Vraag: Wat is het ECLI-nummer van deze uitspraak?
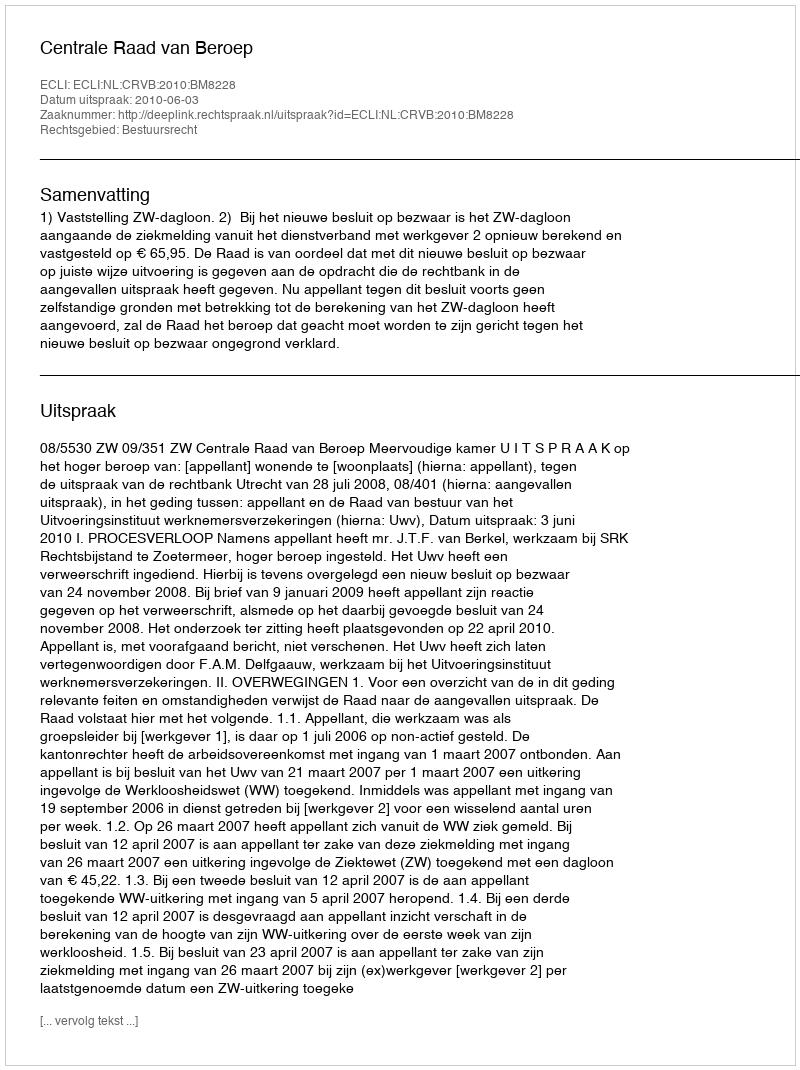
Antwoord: ECLI:NL:CRVB:2010:BM8228